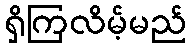
ရှိကြလိမ့်မည်